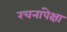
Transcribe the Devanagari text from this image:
रचनांपेक्षा